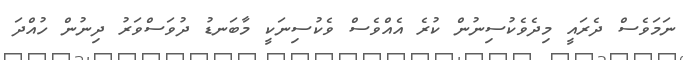
ނަމަވެސް ދެރައީ މިދެވެކުސިނުން ކުރެ އެއްވެސް ވެކުސިނަކީ މާބަނޑު ދުވަސްވަރު ދިނުން ހުއްދަ